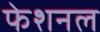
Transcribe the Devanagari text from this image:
फेशनल